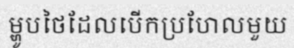
ម្ហូបថៃដែលបើកប្រហែលមួយ